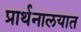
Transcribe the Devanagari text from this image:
प्रार्थनालयात